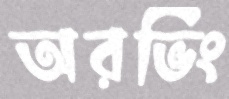
অরভিং